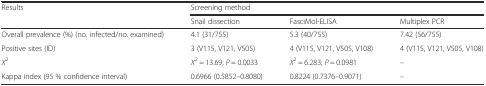
<table><thead><tr><td><b>Results</b></td><td colspan="3"><b>Screening method</b></td></tr><tr><td></td><td><b>Snail dissection</b></td><td><b>FasciMol-ELISA</b></td><td><b>Multiplex PCR</b></td></tr></thead><tbody><tr><td>Overall prevalence (%) (no. infected/no. examined)</td><td>4.1 (31/755)</td><td>5.3 (40/755)</td><td>7.42 (56/755)</td></tr><tr><td>Positive sites (ID)</td><td>3 (V115, V121, V505)</td><td>4 (V115, V121, V505, V108)</td><td>4 (V115, V121, V505, V108)</td></tr><tr><td><i>Χ</i><sup>2</sup></td><td><i>Χ</i><sup>2</sup> = 13.69; <i>P</i> = 0.0033</td><td><i>Χ</i><sup>2</sup> = 6.283; <i>P</i> = 0.0981</td><td>–</td></tr><tr><td>Kappa index (95 % confidence interval)</td><td>0.6966 (0.5852–0.8080)</td><td>0.8224 (0.7376–0.9071)</td><td>–</td></tr></tbody></table>